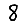
Digit: 8